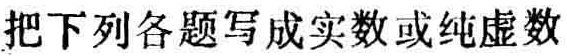
把下列各题写成实数或纯虚数